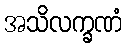
အသိလက္ခဏံ